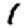
Digit: 1